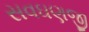
સવઘણજી